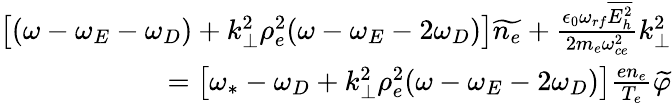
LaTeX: \begin{array}{r}{\left[(\omega-\omega_{E}-\omega_{D})+k_{\perp}^{2}\rho_{e}^{2}(\omega-\omega_{E}-2\omega_{D})\right]\widetilde{n_{e}}+\frac{\epsilon_{0}\omega_{rf}\overline{{E_{h}^{2}}}}{2m_{e}\omega_{ce}^{2}}k_{\perp}^{2}}\\ {=\left[\omega_{*}-\omega_{D}+k_{\perp}^{2}\rho_{e}^{2}(\omega-\omega_{E}-2\omega_{D})\right]\frac{en_{e}}{T_{e}}\widetilde{\varphi}}\end{array}